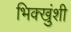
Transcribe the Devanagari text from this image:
भिक्खुंशी